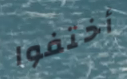
أختفوا